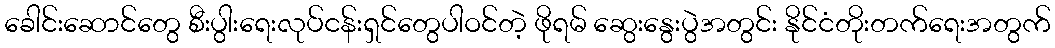
ခေါင်းဆောင်တွေ စီးပွါးရေးလုပ်ငန်းရှင်တွေပါဝင်တဲ့ ဖိုရမ် ဆွေးနွေးပွဲအတွင်း နိုင်ငံတိုးတက်ရေးအတွက်